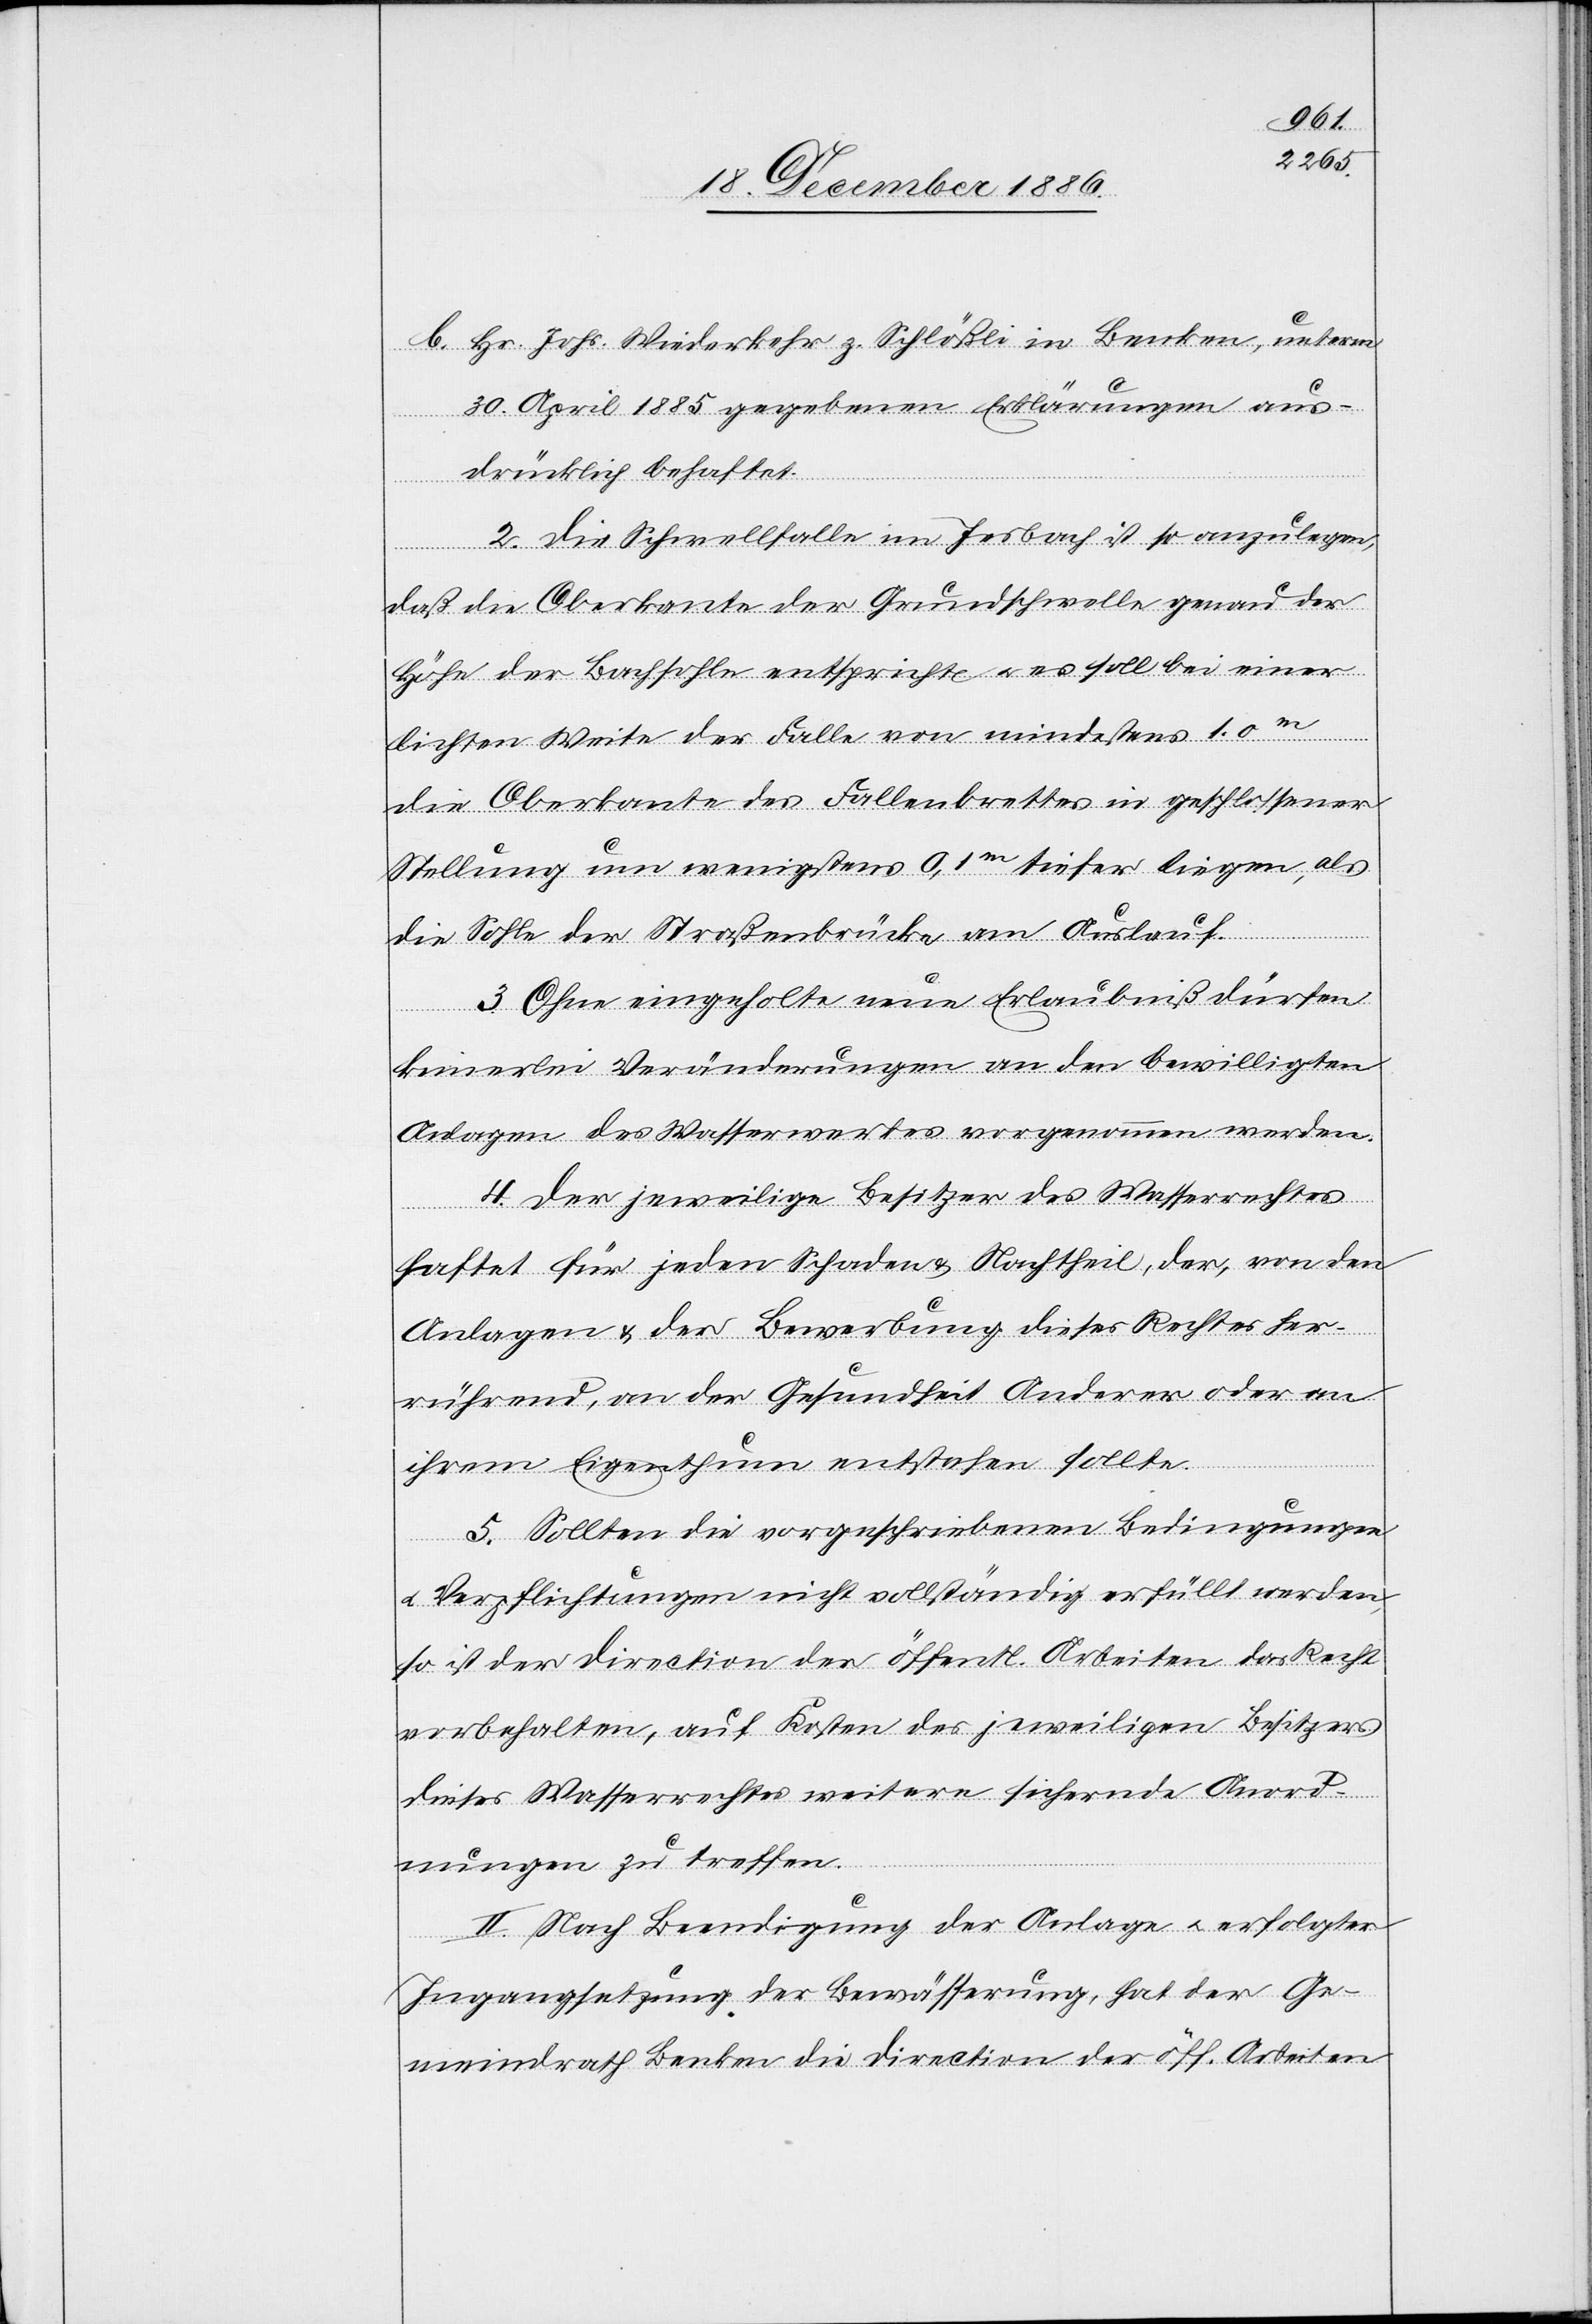
b. Hr. Johs. Wiederkehr z. Schlößli in Benken, unterm
30. April 1885 gegebenen Erklärungen aus¬
drücklich behaftet.
2. Die Schwellfalle im Jesbach ist so anzulegen,
daß die Oberkante der Grundschwelle genau der
Höhe der Bachsohle entspricht & es soll bei einer
lichten Weite der Falle von mindestens 1.0m
die Oberkante des Fallenbrettes in geschlossener
Stellung um wenigstens 0,1m tiefer liegen, als
die Sohle der Straßenbrücke am Auslauf.
3. Ohne eingeholte neue Erlaubniß dürfen
keinerlei Veränderungen an den bewilligten
Anlagen des Wasserwerkes vorgenommen werden.
4. Der jeweilige Besitzer des Wasserrechtes
haftet für jeden Schaden & Nachtheil, der, von den
Anlagen & der Bewerbung dieses Rechtes her¬
rührend, an der Gesundheit Anderer oder an
ihrem Eigenthum entstehen sollte.
5. Sollten die vorgeschriebenen Bedingungen
& Verpflichtungen nicht vollständig erfüllt werden,
so ist der Direction der öffentl. Arbeiten das Recht
vorbehalten, auf Kosten des jeweiligen Besitzers
dieses Wasserrechtes weitere sichernde Anord¬
nungen zu treffen.
II. Nach Beendigung der Anlage & erfolgter
Ingangsetzung der Bewässerung, hat der Ge¬
meindrath Benken die Direction der öff. Arbeiten